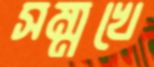
সম্মুখে